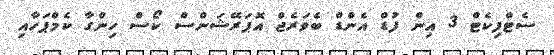
ސެޓްފިކެޓް 3 އިން ފުޑް އެންޑް ބެވަރެޖް އޮޕަރޭޝަންސް ކޯސް ހިންގާ ކެމްޕަހާއި